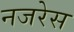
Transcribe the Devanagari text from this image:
नजरेेस